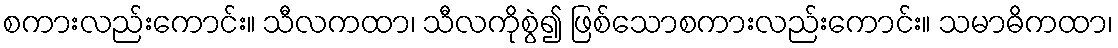
စကားလည်းကောင်း။ သီလကထာ၊ သီလကိုစွဲ၍ ဖြစ်သောစကားလည်းကောင်း။ သမာဓိကထာ၊